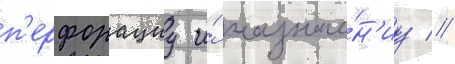
п'ерфорациу и́ назначе́н'иу //